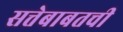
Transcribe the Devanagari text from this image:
सत्तेबाबतची